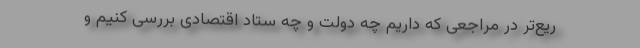
ریع‌تر در مراجعی که داریم چه دولت و چه ستاد اقتصادی بررسی کنیم و